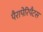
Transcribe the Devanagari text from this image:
पैरापेरिपैटस